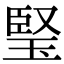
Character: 𤦁